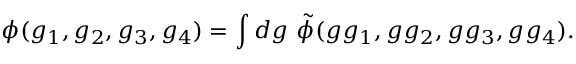
\phi ( g _ { 1 } , g _ { 2 } , g _ { 3 } , g _ { 4 } ) = \int d g \ \tilde { \phi } ( g g _ { 1 } , g g _ { 2 } , g g _ { 3 } , g g _ { 4 } ) .